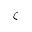
\zeta